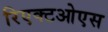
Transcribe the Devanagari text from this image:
रिएक्टओएस